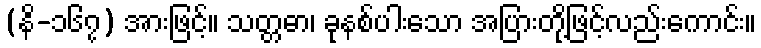
(နိ-၁၆၇) အားဖြင့်။ သတ္တဓာ၊ ခုနစ်ပါးသော အပြားတို့ဖြင့်လည်းကောင်း။